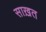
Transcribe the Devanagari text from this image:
साख़त